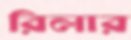
রিলার